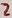
Text: 2